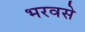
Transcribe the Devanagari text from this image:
भरवसे